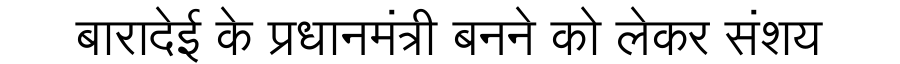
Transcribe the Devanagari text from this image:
बारादेई के प्रधानमंत्री बनने को लेकर संशय